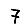
Digit: 7